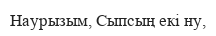
Наурызым, Сыпсың екі ну,